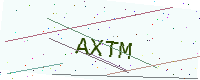
Text: AXTM